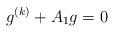
LaTeX: \begin{align*}g^{(k)}+A_1g=0\end{align*}